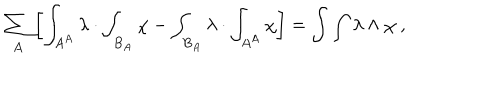
LaTeX: \sum _ { A } \left[ \int _ { A ^ { A } } \lambda \cdot \int _ { B _ { A } } \chi - \int _ { B _ { A } } \lambda \cdot \int _ { A ^ { A } } \chi \right] = \int \int \lambda \wedge \chi \ ,